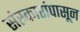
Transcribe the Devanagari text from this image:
संस्कारांपासून